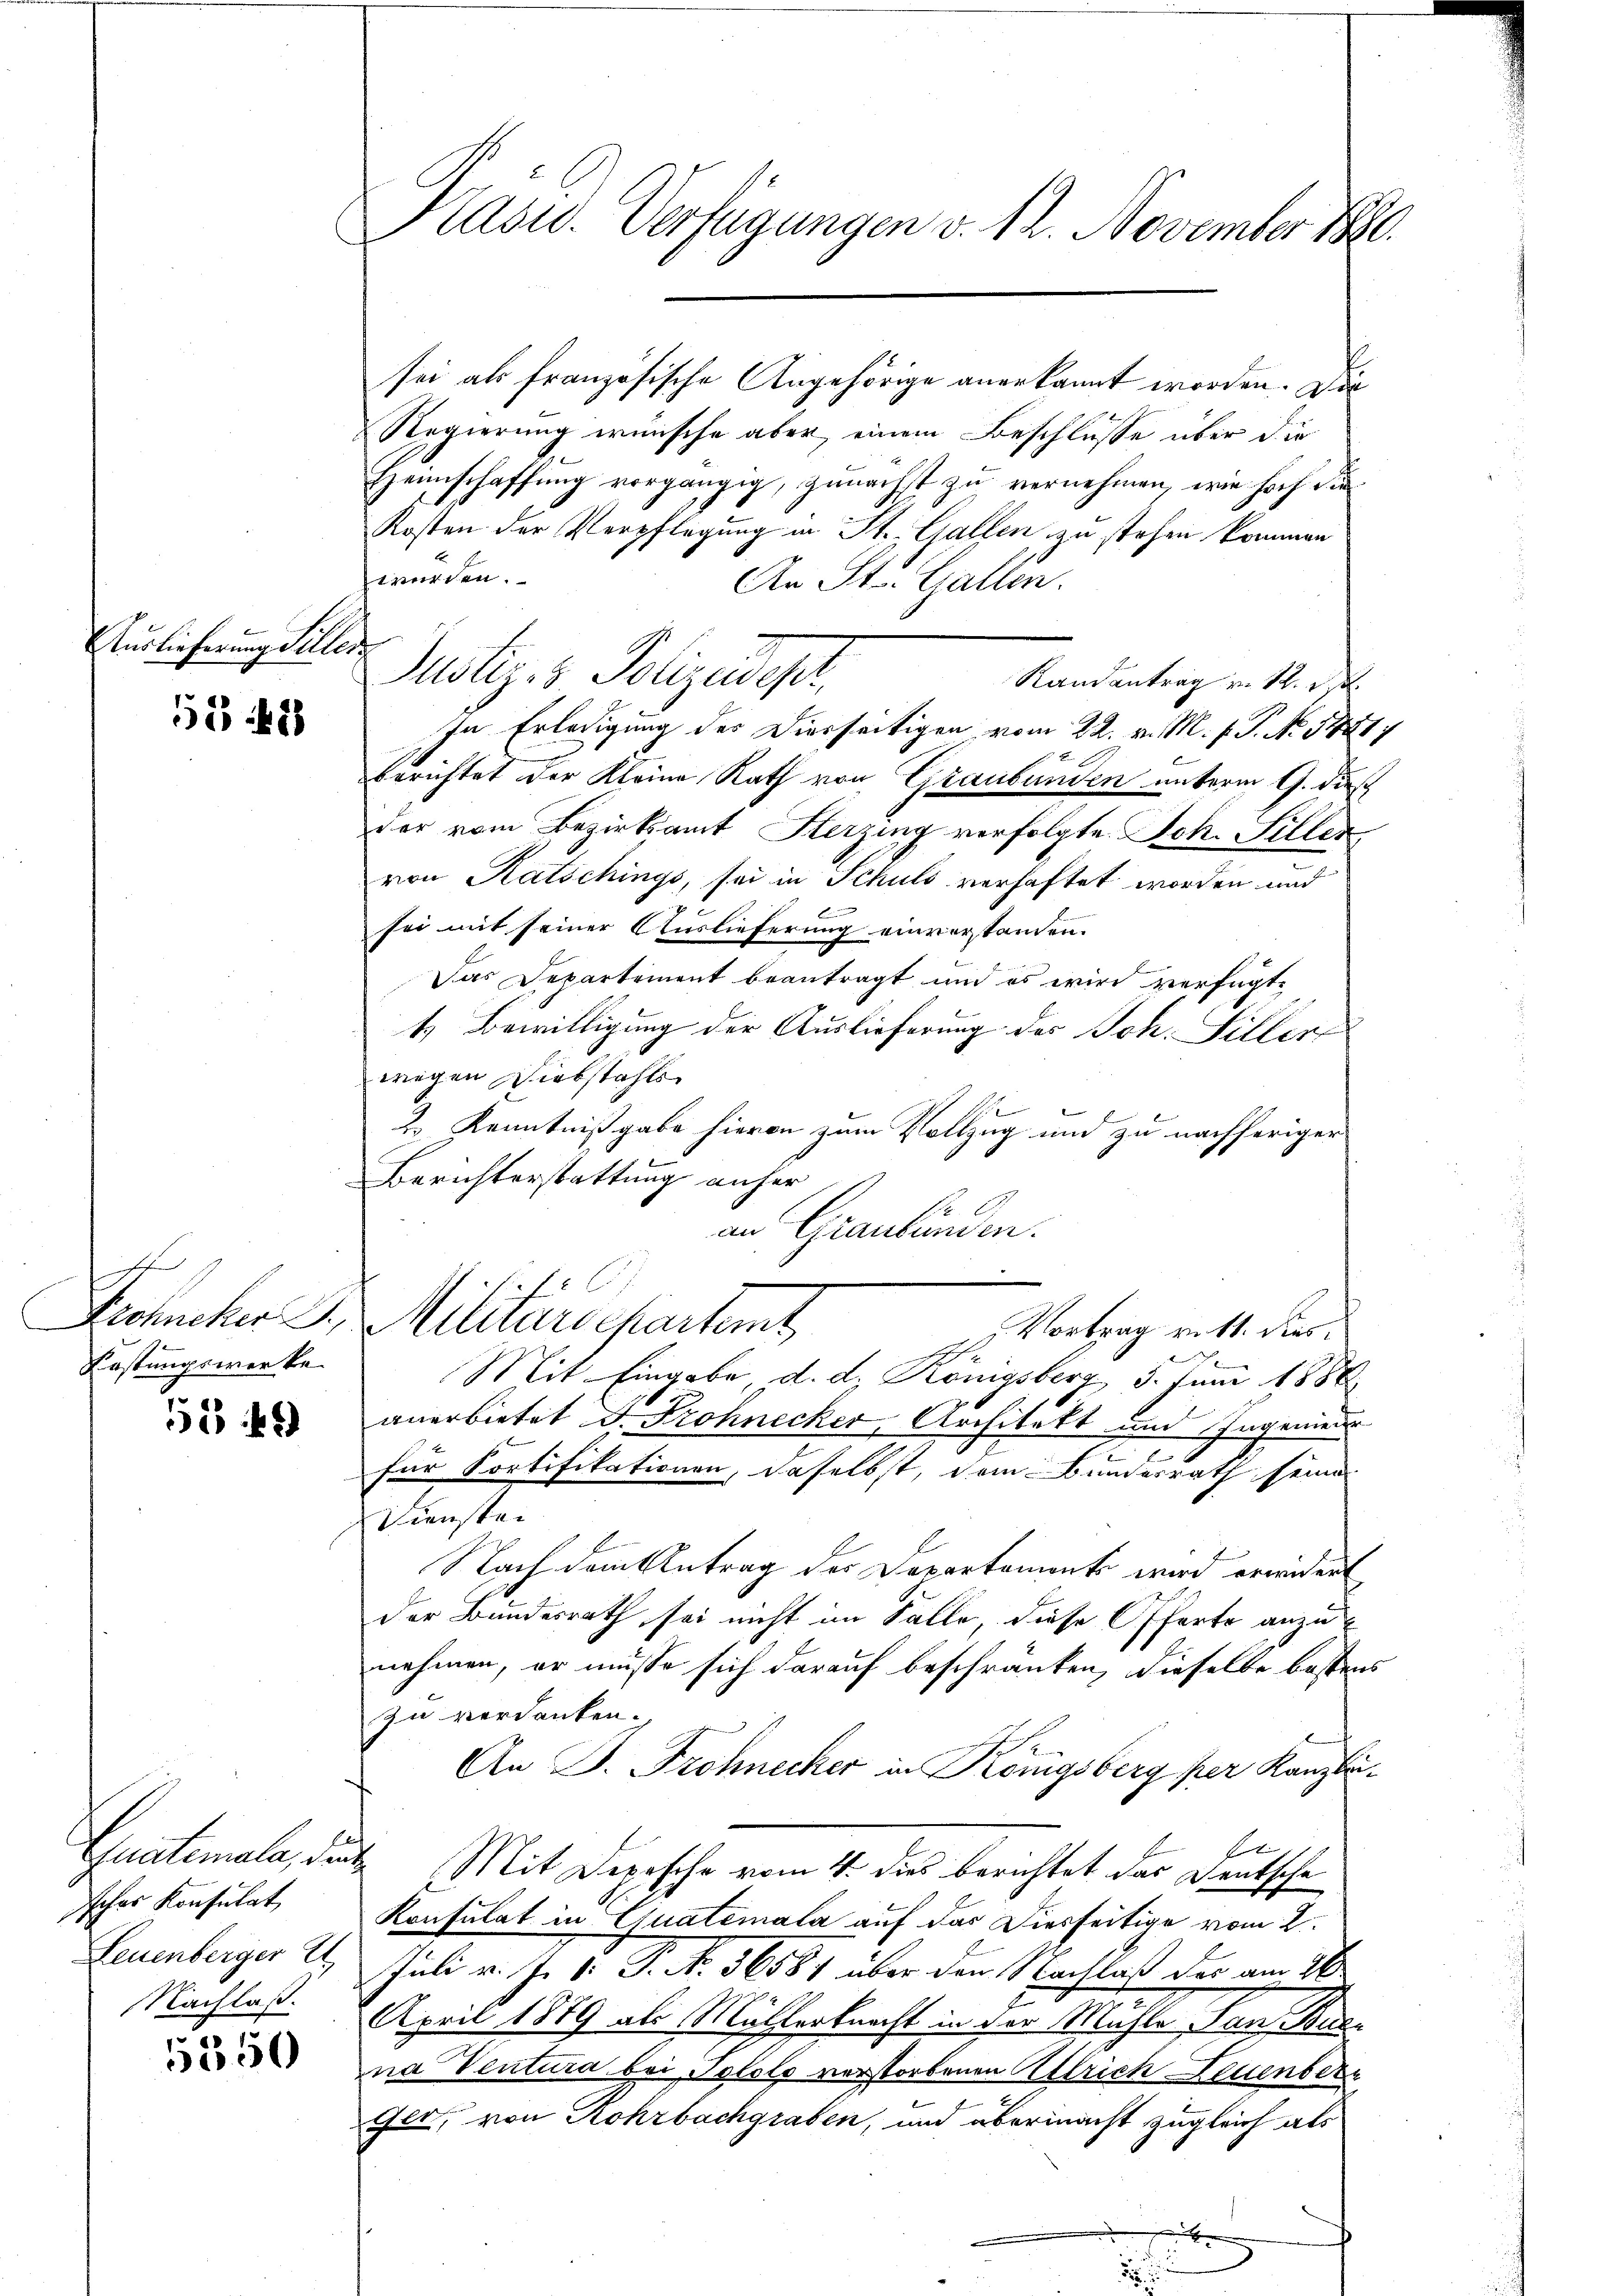
Auslieferung Sillen

568

E
Dohncker J.
Kastungswerke

152 f 2

sches Konsulat
Leuenberger U
Nachlaß.

5350

Präsid. Verfügungen v. 12. November 1890.

Regierung wünsche aber einem Beschlüsse über die
Heimschaffung vorgängig, zunächst zu vernehmen, wie hoch die
Kosten der Verpflegung in St. Gallen zu stehen kommen
würden.
An St. Gallen.
Justiz- & Polizeidepr
Randantrag v. 12. d.
In Erledigung des Diesseitigen vom 22. v. M. h. T. No. 1841.
E
Errichtet der Kleine Rath von Graubünden unterm 9. daß
der vom Bezirksamt Herzing verfolgte Joh. Siller
von Ratschings, sei in Schuld verhaftet worden und
sei mit seiner Auslieferung einverstanden.
Das Departement beantragt und es wird verfügt,
1. Bewilligung der Auslieferung des Joh. Siller
wegen Diebstahle
2. Kenntnißgabe hievon zum Vollzug und zu nachheriger
Berichterstattung anher
an Graubünden.
f
Mitardepartemt
Vortrag ritt. Res
E
Mit Eingabe d. d. Königsberg 5. Juni 1888.
anerbietet d. Frohnecker, Architekt und Ingenieur
für Sortifikationen, daselbst, dem Bundesrath seine
Diensten
Nach dem Antrag der Departement wird erwidert
der Bundesrath sei nicht im Falle, diese Offerte anzunehmen, er müsse sich darauf beschränken, dieselbe bestens
zu verdanken.
An P. Frohnecker in Königsberg per Kanzli¬
E
Guatemala, die Mit Depesche vom 4. dies berichtet das Deutsche
Konsulat in Quatemala auf das Diesseitige vom 2.
Juli v. J. V. P. N. 56581 über den Nachlaß der am 26.
April 1889 als Mitterkraft in der Mühle, den Weise
na Ventura bei Pololo verstorbenen Allrich Leuenbere
Ger, von Rohrbachgraben, und übermacht zugleich als

sei als französische Angehörige anerkannt worden. Die